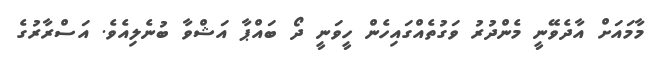
މާމައަށް އާދެވޭނީ މެންދުރު ވަގުތެއްގައިހެން ހީވަނީ ދޯ ބައްޕާ އަޝްވާ ބުނެލިއެވެ. އަސްރާރުގެ